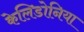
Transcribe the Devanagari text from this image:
केलिडोनिया